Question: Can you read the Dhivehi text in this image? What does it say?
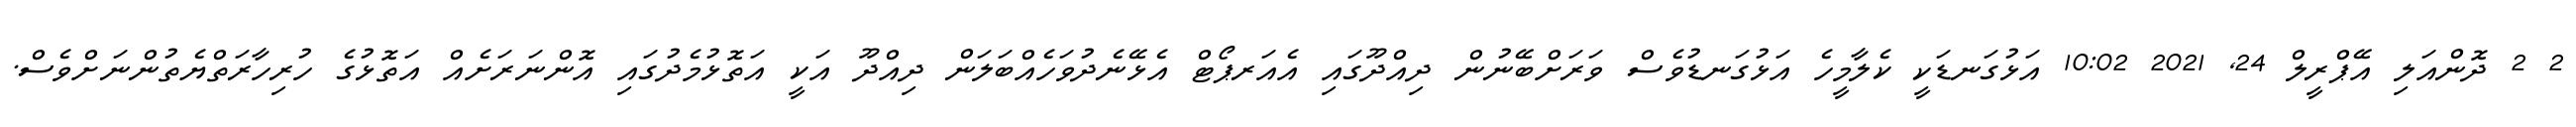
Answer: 2 2 ދޮންއަލި އޭޕްރީލް 24, 2021 10:02 އަޅުގަނޑަކީ ކެލާމީހެ އަޅުގަނޑުވެސް ވަރަށްބޭނުން ދިއްދޫގައި އެއަރޕޯޓް އެޅޭނެދުވަހެއްބަލަން ދިއްދޫ އަކީ އަތޮޅުމެދުގައި އޮންނަރަށެއް އަތޮޅުގެ ހުރިހާރަތްޔެތުންނަށްވެސް.